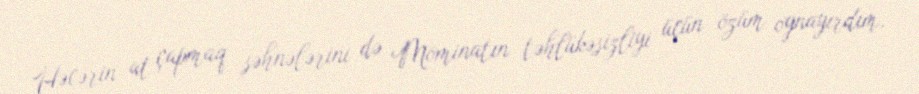
Həcərin at çapmaq səhnələrini də Möminatın təhlükəsizliyi üçün özüm oynayırdım,